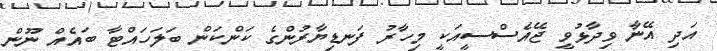
އަދި އޭނާ ވިދާޅުވީ ޖޭއެސްސީއަކީ މިހާރު ފަނޑިޔާރުންގެ ކަންކަން ބަލަހައްޓާ ބައެއް ނޫން